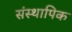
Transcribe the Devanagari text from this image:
संस्थापिक